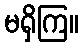
မရှိကြ။